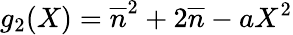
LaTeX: g_{2}(X)=\overline{{{n}}}^{2}+2\overline{{{n}}}-aX^{2}